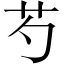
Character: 芍